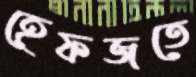
হেফজতে